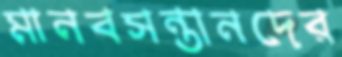
মানবসন্তানদের